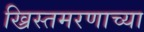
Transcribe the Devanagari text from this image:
ख्रिस्तमरणाच्या